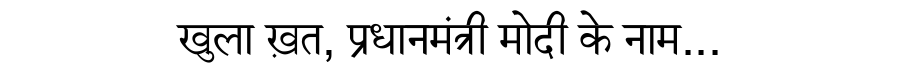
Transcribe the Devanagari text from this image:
खुला ख़त, प्रधानमंत्री मोदी के नाम...